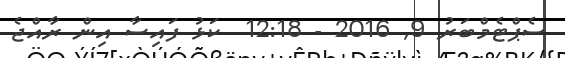
ސެޕްޓެމްބަރު 9